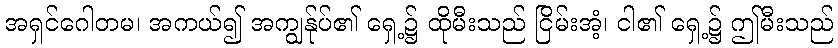
အရှင်ဂေါတမ၊ အကယ်၍ အကျွန်ုပ်၏ ရှေ့၌ ထိုမီးသည် ငြိမ်းအံ့၊ ငါ၏ ရှေ့၌ ဤမီးသည်